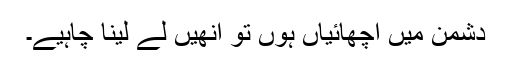
دشمن میں اچھائیاں ہوں تو انھیں لے لینا چاہیے۔